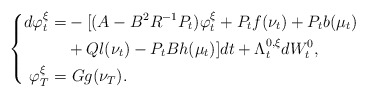
\begin{align*}\left\{\begin{aligned}d\varphi_t^\xi=&-[(A-B^2R^{-1}P_t)\varphi_t^\xi+P_tf(\nu_t)+P_tb(\mu_t)\\&+Ql(\nu_t)-P_tBh(\mu_t)]dt+\Lambda_t^{0,\xi}dW^0_t,\\\varphi_T^\xi=&~Gg(\nu_T).\end{aligned}\right.\end{align*}